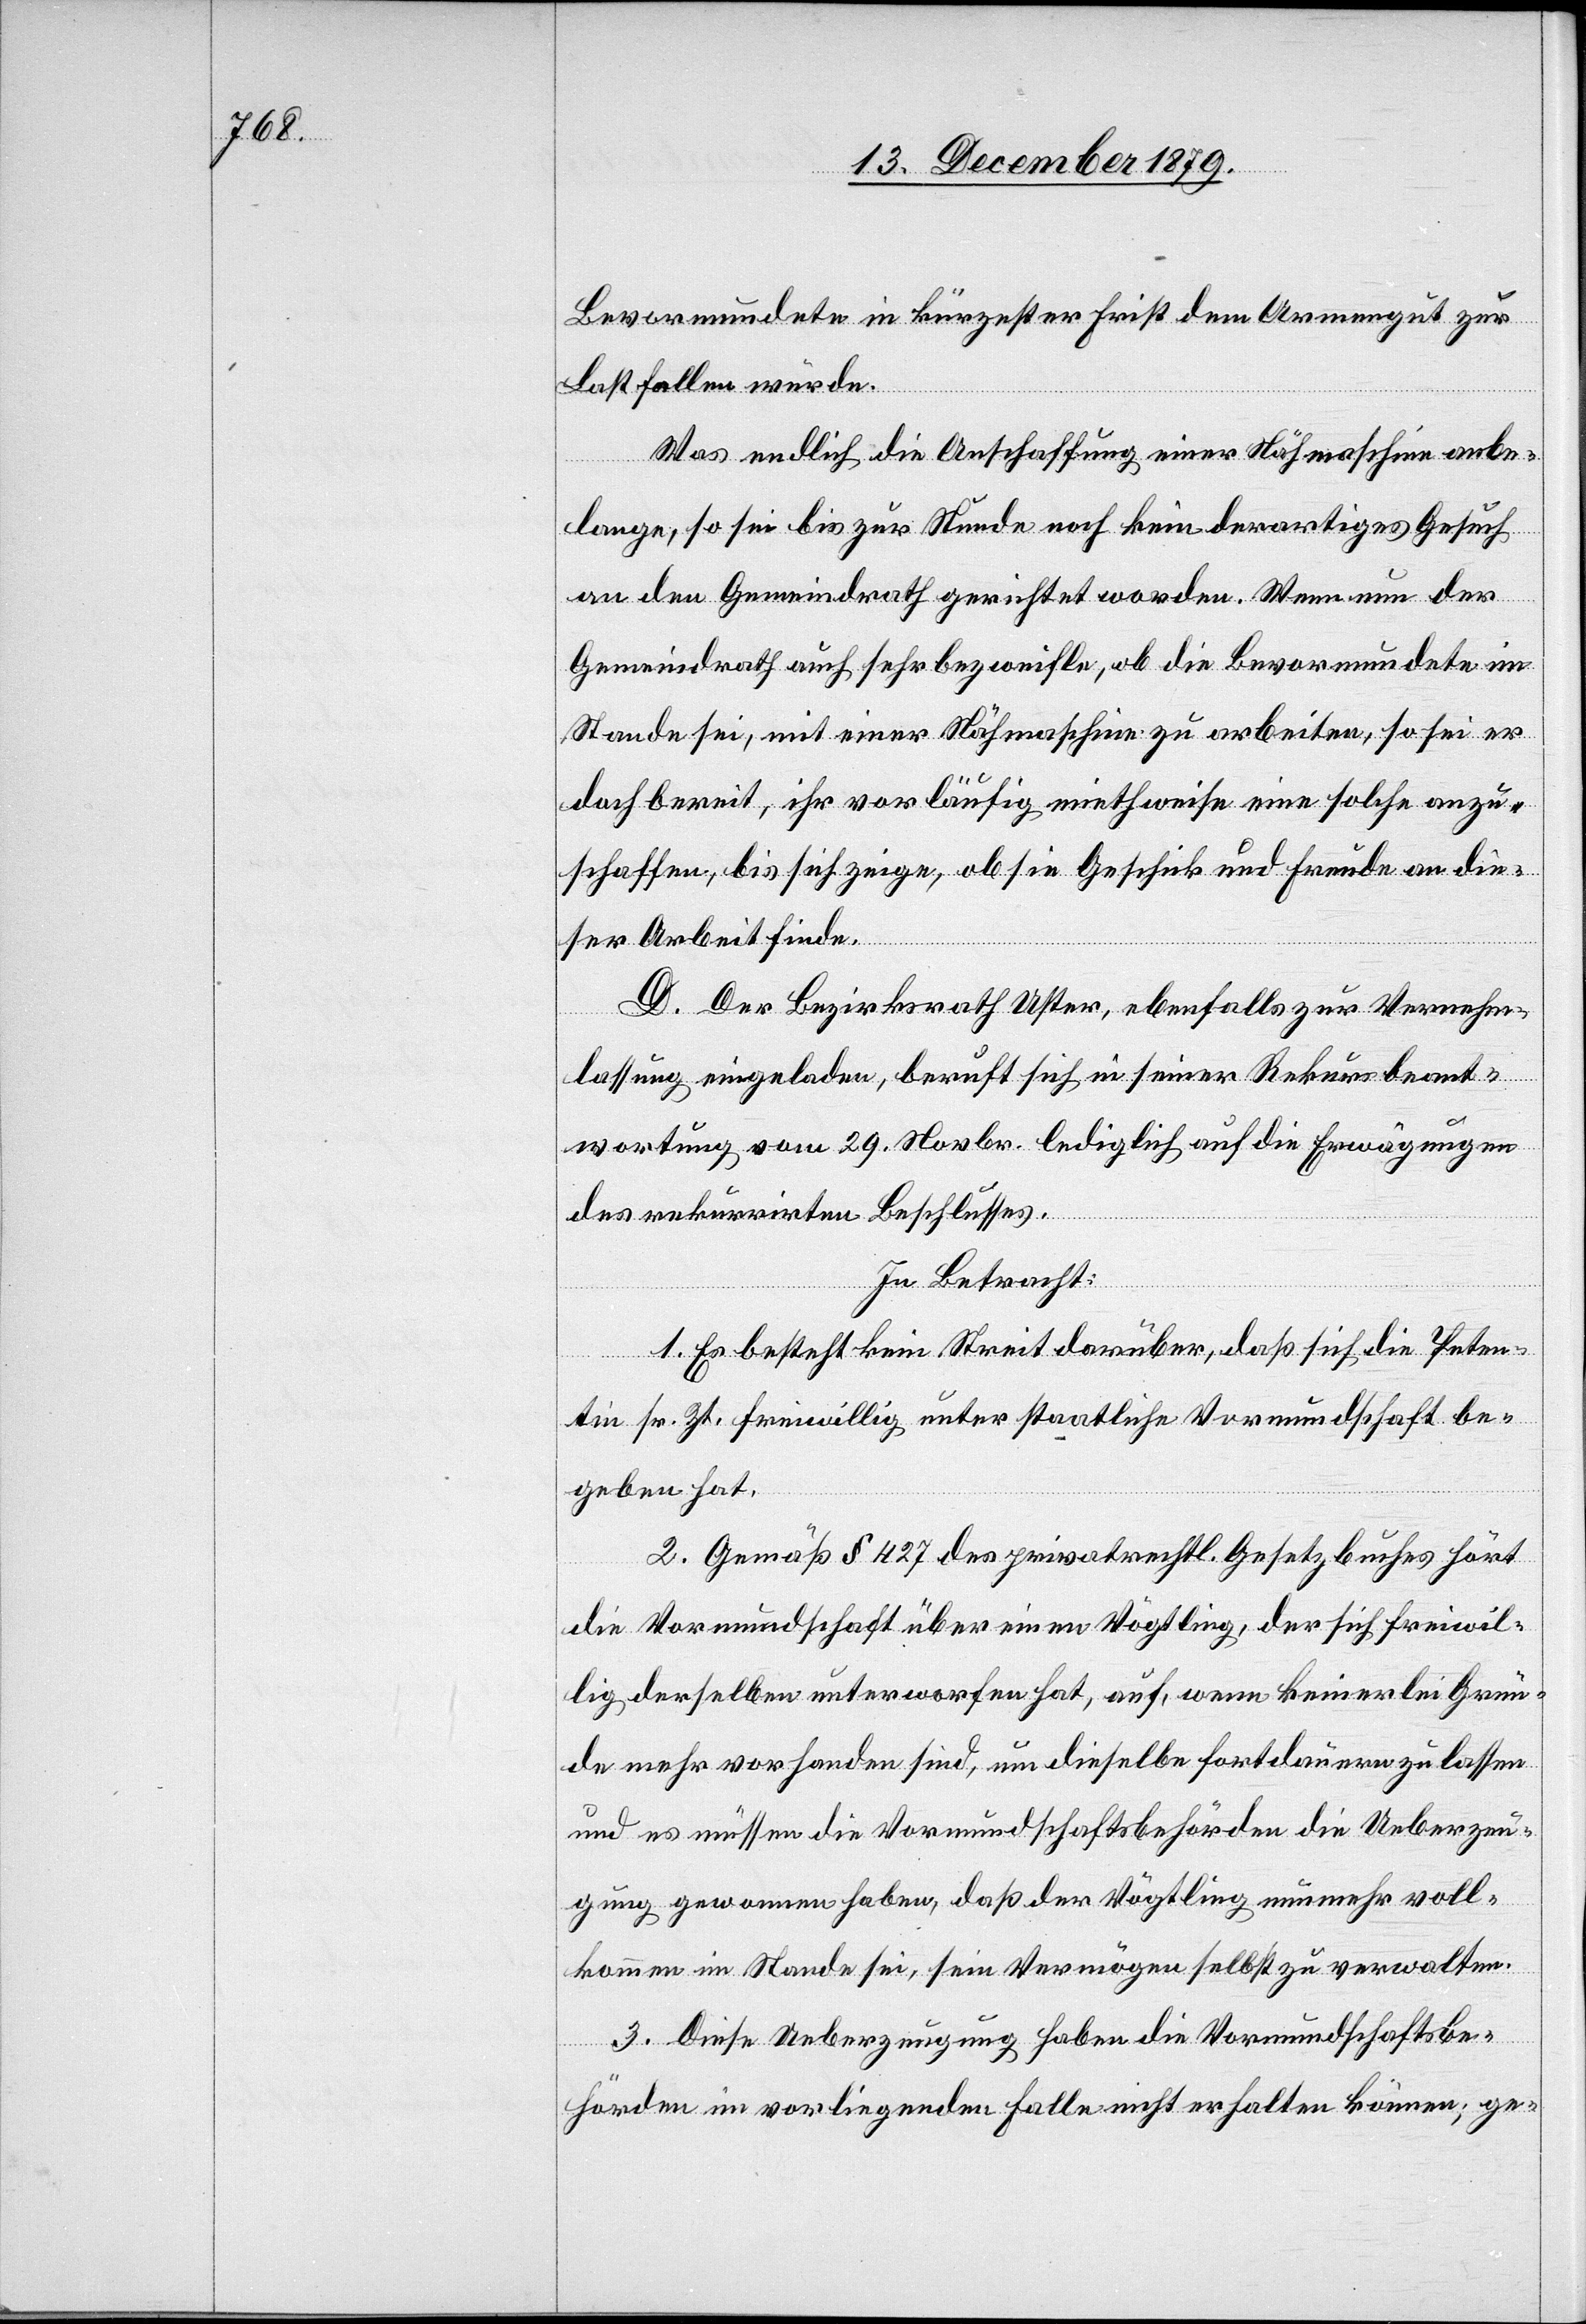
Bevormundete in kürzester Frist dem Armengut zur
Last fallen würde.
Was endlich die Anschaffung einer Nähmaschine anbe¬
lange, so sei bis zur Stunde noch kein derartiges Gesuch
an den Gemeindrath gerichtet worden. Wenn nun der
Gemeindrath auch sehr bezweifle, ob die Bevormundete im
Stande sei, mit einer Nähmaschine zu arbeiten, so sei er
doch bereit, ihr vorläufig miethweise eine solche anzu¬
schaffen, bis sich zeige ob sie Geschik und Freude an die¬
ser Arbeit finde.
D. Der Bezirksrath Uster, ebenfalls zur Vernehm¬
lassung eingeladen, beruft sich in seiner Rekursbeant¬
wortung vom 29. Novbr. lediglich auf die Erwägungen
des rekurrirten Beschlusses.
In Betracht:
1. Es besteht kein Streit darüber, daß sich die Peten¬
tin sr. Zt. freiwillig unter staatliche Vormundschaft be¬
geben hat.
2. Gemäß § 427 des privatrechtl. Gesetzbuches hört
die Vormundschaft über einen Vögtling, der sich freiwil¬
lig derselben unterworfen hat, auf, wenn keinerlei Grün¬
de mehr vorhanden sind, um dieselbe fortdauern zu lassen
und es müssen die Vormundschaftsbehörden die Ueberzeu¬
gung gewonnen haben, daß der Vögtling nunmehr voll¬
kommen im Stande sei, sein Vermögen selbst zu verwalten.
3. Diese Ueberzeugung haben die Vormundschaftsbe¬
hörden im vorliegenden Falle nicht erhalten können, ge-